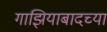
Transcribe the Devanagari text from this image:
गाझियाबादच्या